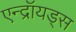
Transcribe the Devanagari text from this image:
एन्द्रॉयड्स